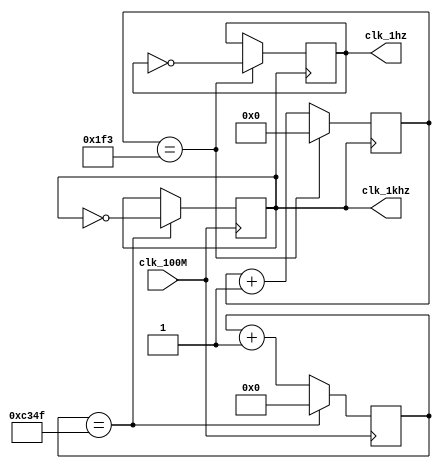
`timescale 1ns / 1ps
//////////////////////////////////////////////////////////////////////////////////
// Company: 
// Engineer: 
// 
// Design Name: 
// Module Name:    fenpin 
// Project Name: 
// Target Devices: 
// Tool versions: 
// Description: 
//
// Dependencies: 
//
// Revision: 
// Revision 0.01 - File Created
// Additional Comments: 
//
//////////////////////////////////////////////////////////////////////////////////
//1khz1hz
module frequency_divider(clk_1hz, clk_1khz, clk_100M);
	input clk_100M;
	output clk_1hz, clk_1khz;
	reg[16:0] count1;
	reg[9:0] count2;
	reg clk_1khz, clk_1hz;
	//
	//clk_100M100M
	//count1count2clk_1khzclk_1hz
	//
	initial 
		begin
			count1 = 0;
			count2 = 0;
			clk_1khz = 0;
			clk_1hz = 0;
		end

	//100M 1000001khz
	always@(posedge clk_100M)
		begin
			if(count1 == 17'd49999)
				begin
					clk_1khz <= ~clk_1khz;
					count1 <= 0;
				end
			else count1 <= count1 + 1;
		end
	
	//1khz 10001hz
	always@(posedge clk_1khz)
		begin
			if(count2 == 10'd499)
				begin
					clk_1hz <= ~clk_1hz;
					count2 <= 0;
				end
			else count2 <= count2 + 1;
		end
endmodule